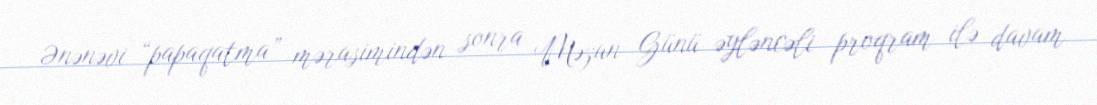
Ənənəvi “papaqatma” mərasimindən sonra Məzun Günü əyləncəli proqram ilə davam